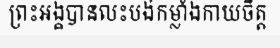
ព្រះអង្គបានលះបង់កម្លាំងកាយចិត្ត